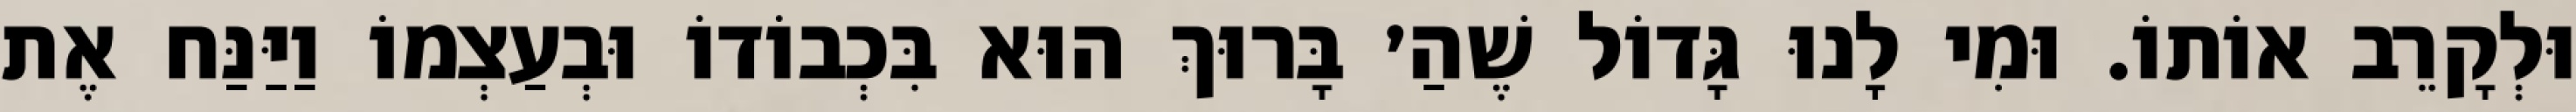
וּלְקָרֵב אוֹתוֹ. וּמִי לָנוּ גָּדוֹל שֶׁהַ׳ בָּרוּךְ הוּא בִּכְבוֹדוֹ וּבְעַצְמוֹ וַיַּנַּח אֶת